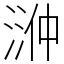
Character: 㴢